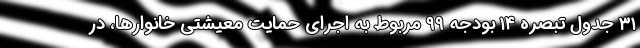
۳۱ جدول تبصره ۱۴ بودجه ۹۹ مربوط به اجرای حمایت معیشتی خانوارها، در